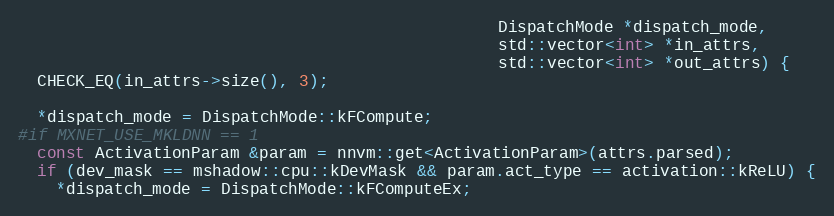
Language: C++
                                                  DispatchMode *dispatch_mode,
                                                  std::vector<int> *in_attrs,
                                                  std::vector<int> *out_attrs) {
  CHECK_EQ(in_attrs->size(), 3);

  *dispatch_mode = DispatchMode::kFCompute;
#if MXNET_USE_MKLDNN == 1
  const ActivationParam &param = nnvm::get<ActivationParam>(attrs.parsed);
  if (dev_mask == mshadow::cpu::kDevMask && param.act_type == activation::kReLU) {
    *dispatch_mode = DispatchMode::kFComputeEx;